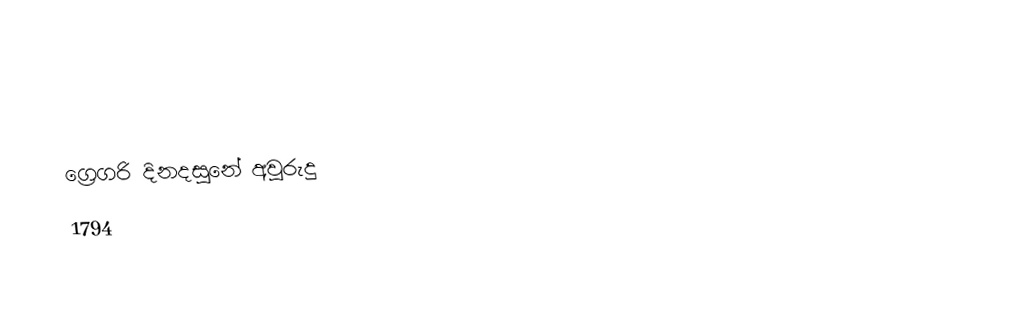

ග්‍රෙගරි දිනදසුනේ අවුරුදු
1794